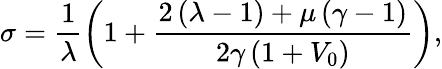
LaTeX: \sigma=\frac{1}{\lambda}\left(1+\frac{2\left(\lambda-1\right)+\mu\left(\gamma-1\right)}{2\gamma\left(1+V_{0}\right)}\right),